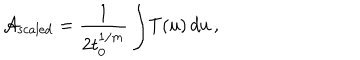
{ \cal A } _ { \mathrm { s c a l e d } } = { \frac { 1 } { 2 t _ { 0 } ^ { 1 / m } } } \int \! T ( u ) \, d u \, ,